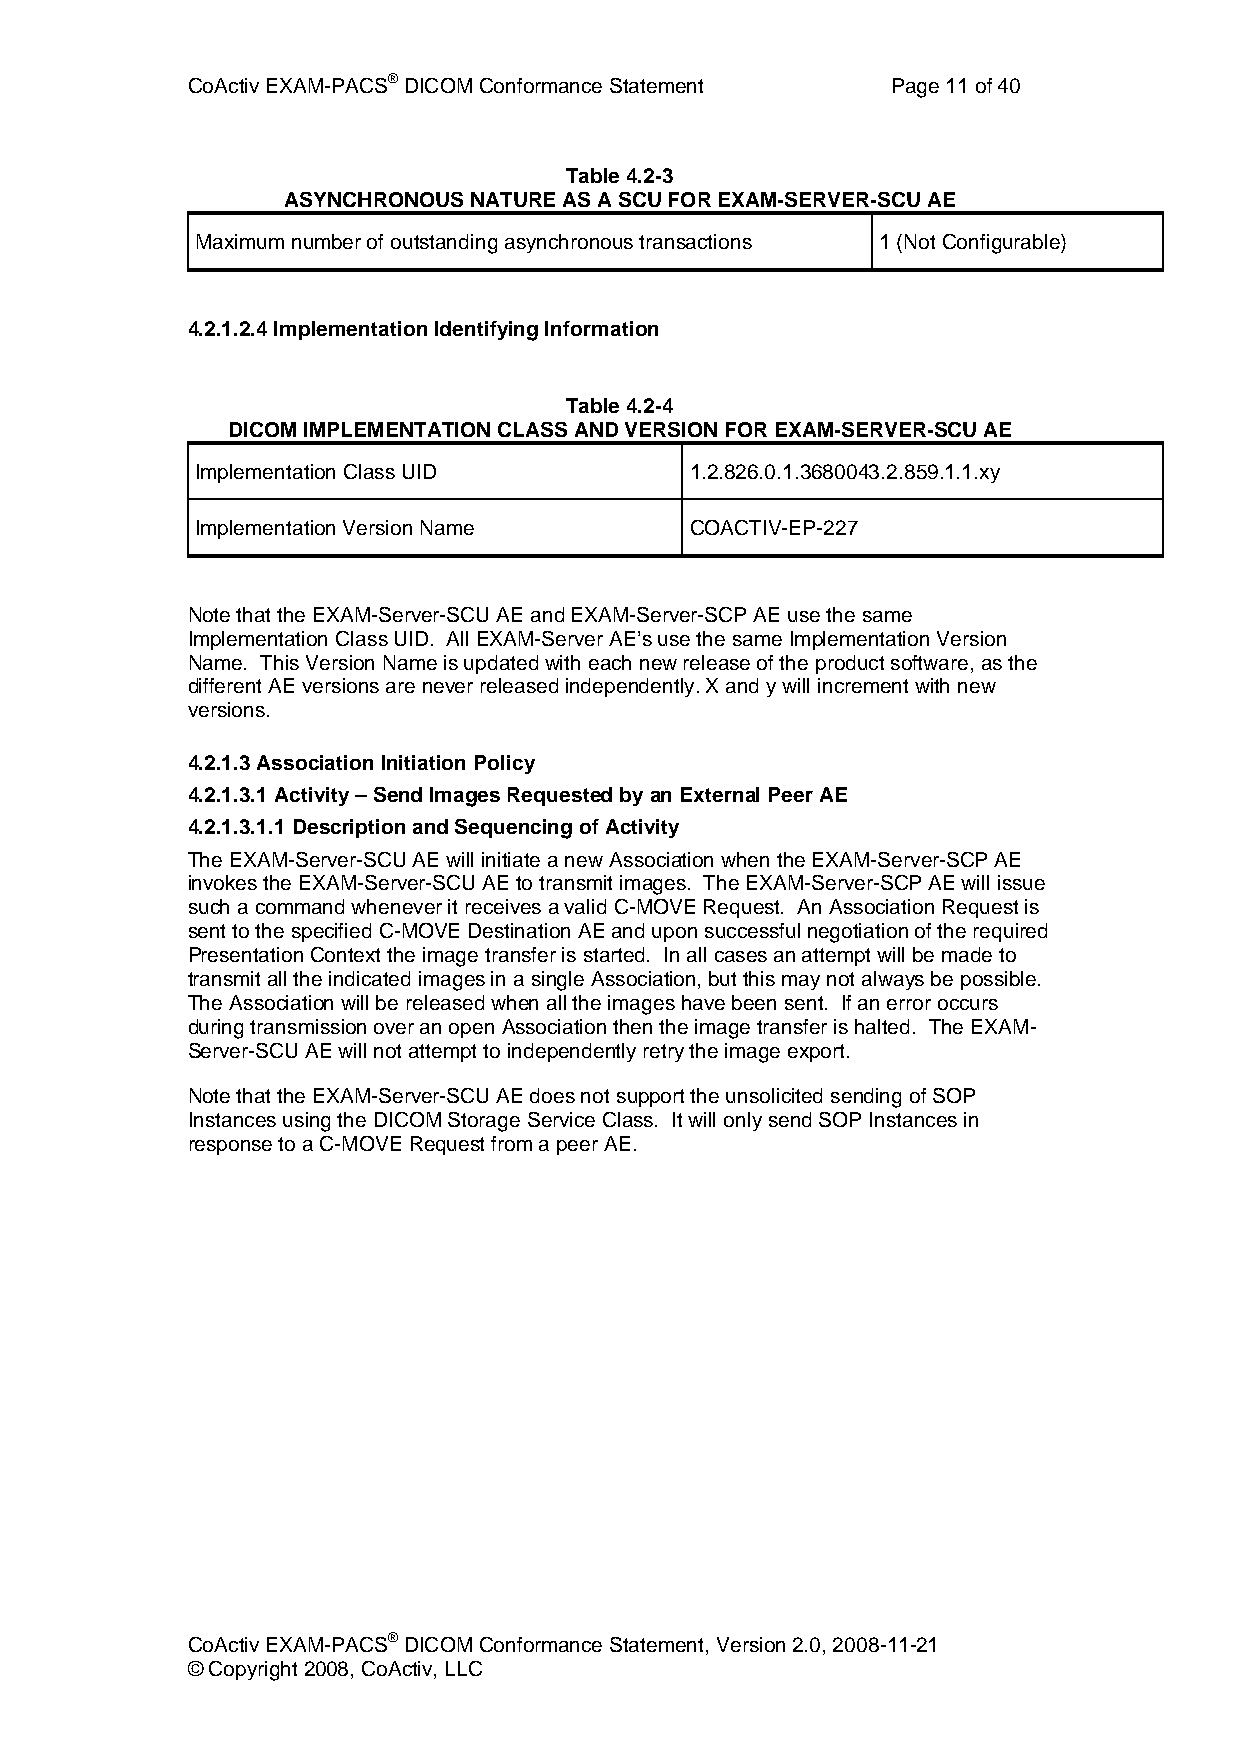
CoActiv EXAM-PACS® DICOM Conformance Statement Page 11 of 40
 Table 4.2-3
 ASYNCHRONOUS NATURE AS A SCU FOR EXAM-SERVER-SCU AE
 Maximum number of outstanding asynchronous transactions 1 (Not Configurable)
 4.2.1.2.4 Implementation Identifying Information
 Table 4.2-4
 DICOM IMPLEMENTATION CLASS AND VERSION FOR EXAM-SERVER-SCU AE
 Implementation Class UID         1.2.826.0.1.3680043.2.859.1.1.xy
 Implementation Version Name      COACTIV-EP-227
 Note that the EXAM-Server-SCU AE and EXAM-Server-SCP AE use the same
 Implementation Class UID. All EXAM-Server AE’s use the same Implementation Version
 Name. This Version Name is updated with each new release of the product software, as the
 different AE versions are never released independently. X and y will increment with new
 versions.
 4.2.1.3 Association Initiation Policy
 4.2.1.3.1 Activity – Send Images Requested by an External Peer AE
 4.2.1.3.1.1 Description and Sequencing of Activity
 The EXAM-Server-SCU AE will initiate a new Association when the EXAM-Server-SCP AE
 invokes the EXAM-Server-SCU AE to transmit images. The EXAM-Server-SCP AE will issue
 such a command whenever it receives a valid C-MOVE Request. An Association Request is
 sent to the specified C-MOVE Destination AE and upon successful negotiation of the required
 Presentation Context the image transfer is started. In all cases an attempt will be made to
 transmit all the indicated images in a single Association, but this may not always be possible.
 The Association will be released when all the images have been sent. If an error occurs
 during transmission over an open Association then the image transfer is halted. The EXAM-
 Server-SCU AE will not attempt to independently retry the image export.
 Note that the EXAM-Server-SCU AE does not support the unsolicited sending of SOP
 Instances using the DICOM Storage Service Class. It will only send SOP Instances in
 response to a C-MOVE Request from a peer AE.
 CoActiv EXAM-PACS® DICOM Conformance Statement, Version 2.0, 2008-11-21
 © Copyright 2008, CoActiv, LLC